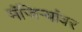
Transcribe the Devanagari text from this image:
मंजिऱ्यांवर